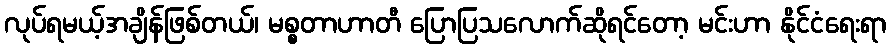
လုပ်ရမယ့်အချိန်ဖြစ်တယ်၊ မစ္စတာဟာတီ ပြောပြသလောက်ဆိုရင်တော့ မင်းဟာ နိုင်ငံရေးရာ